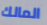
المالك